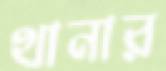
থানার